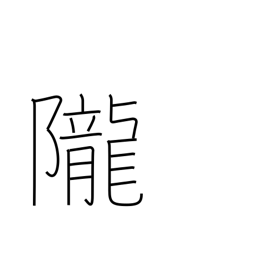
Meaning: hill